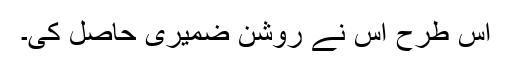
اس طرح اس نے روشن ضمیری حاصل کی۔